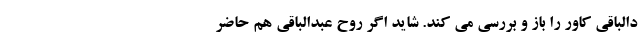
دالباقی کاور را باز و بررسی می کند. شاید اگر روح عبدالباقی هم حاضر